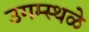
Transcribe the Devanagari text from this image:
उगम्स्थळे